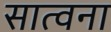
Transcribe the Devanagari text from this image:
सात्वना